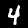
Label: 4